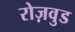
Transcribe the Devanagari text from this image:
रोज़वुड